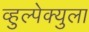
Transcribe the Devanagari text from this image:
व्हुल्पेक्युला